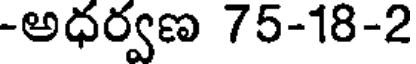
-అధర్వణ 75-18-2